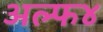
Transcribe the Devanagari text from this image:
अल्फ४